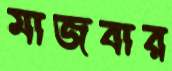
মাজবার